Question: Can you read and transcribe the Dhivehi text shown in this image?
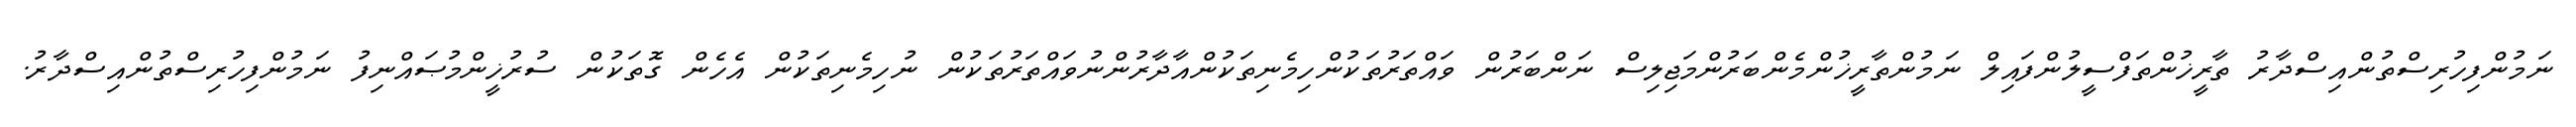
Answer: ނަމުންފިހުރިސްތުންއިސްދާރު ތާރީޚުންތަފްސީލުންފައިލް ނަމުންތާރީޚުންމެންބަރުންމަޖިލިސް ނަންބަރުން ވައްތަރުތަކުންހިމެނިތަކުންއާދާރުންނުވައްތަރުތަކުން ނުހިމެނިތަކުން އެހެން ގޮތަކުން ސުރުޚީންމުޞައްނިފު ނަމުންފިހުރިސްތުންއިސްދާރު.